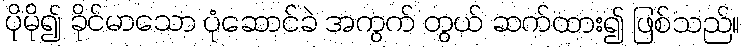
ပိုမို၍ ခိုင်မာသော ပုံဆောင်ခဲ အကွက် တွယ် ဆက်ထား၍ ဖြစ်သည်။